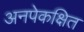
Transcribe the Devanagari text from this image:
अनपेकक्षित